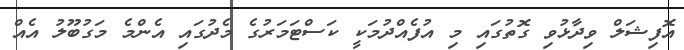
އޮފިޝަލް ވިދާޅުވި ގޮތުގައި މި އުފެއްދުމަކީ ކަސްޓަމަރުގެ މެދުގައި އެންމެ މަގުބޫލު އެއް